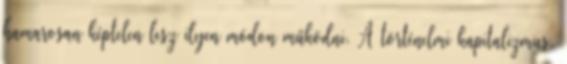
hamarosan képtelen lesz ilyen módon működni. A történelmi kapitalizmus,